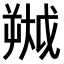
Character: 𫯷